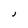
Character: j